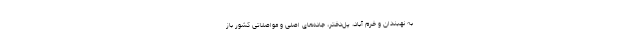
به نهبندان و خرم آباد، پل‌دختر، جاده‌های اصلی و مواصلاتی کشور باز